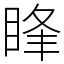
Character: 䀱